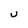
Character: U